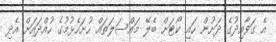
އެ ގަވާއިދުގެ ދަށުން ހައި ކޯޓަށް ބެލޭ މައްސަލަތައް ހުށަހެޅުމުގެ ހުއްދައަށް އެދި